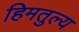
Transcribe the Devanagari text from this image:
हिमतुल्य